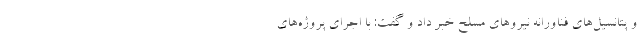
و پتانسيل‌هاي فناورانه نيروهاي مسلح خبر داد و گفت: با اجراي پروژه‌هاي